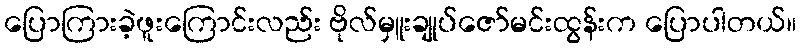
ပြောကြားခဲ့ဖူးကြောင်းလည်း ဗိုလ်မှူးချုပ်ဇော်မင်းထွန်းက ပြောပါတယ်။